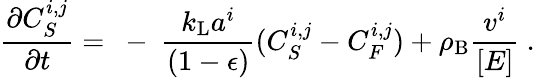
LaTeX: \frac{\partial C_{S}^{i,j}}{\partial t}=\mathrm{~-~}\frac{k_{\mathrm{L}}a^{i}}{(1-\epsilon)}(C_{S}^{i,j}-C_{F}^{i,j})+\rho_{\mathrm{B}}\frac{v^{i}}{[E]}\ .